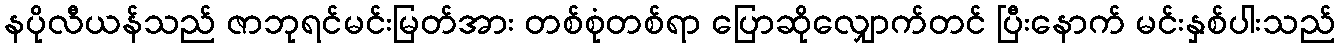
နပိုလီယန်သည် ဇာဘုရင်မင်းမြတ်အား တစ်စုံတစ်ရာ ပြောဆိုလျှောက်တင် ပြီးနောက် မင်းနှစ်ပါးသည်